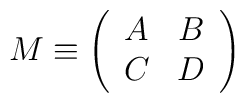
M \equiv \left( \begin{array}{ cc} A & B \\ C & D \end{array} \right)